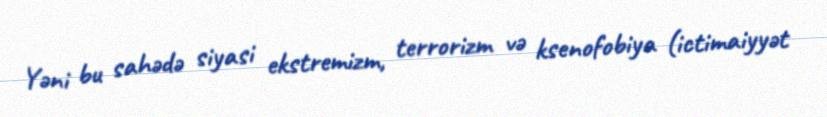
Yəni bu sahədə siyasi ekstremizm, terrorizm və ksenofobiya (ictimaiyyət